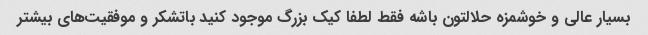
بسیار عالی و خوشمزه حلالتون باشه فقط لطفا کیک بزرگ موجود کنید باتشکر و موفقیت‌های بیشتر